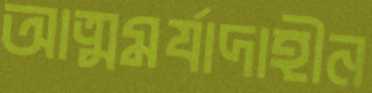
আত্মমর্যাদাহীন